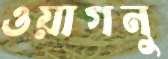
ওয়াগনু